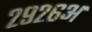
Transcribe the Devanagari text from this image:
२९२६अ